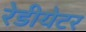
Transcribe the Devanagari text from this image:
रेडीयेटर